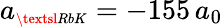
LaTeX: a_{\scriptscriptstyle\textsl{RbK}}=-155\, a_{0}